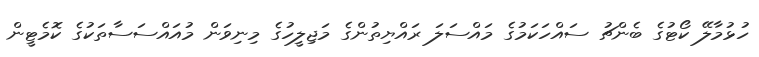
ހުޅުމާލޭ ކޯޓުގެ ބެންޗު ސައްހަކަމުގެ މައްސަލަ ރައްޔިތުންގެ މަޖިލީހުގެ މިނިވަން މުއައްސަސާތަކުގެ ކޮމެޓީން